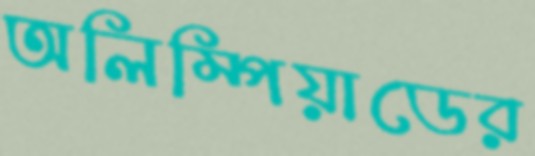
অলিম্পিয়াডের